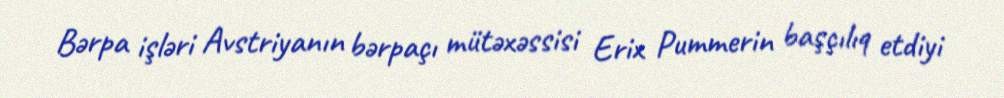
Bərpa işləri Avstriyanın bərpaçı mütəxəssisi Erix Pummerin başçılıq etdiyi